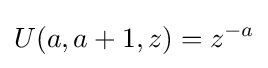
U(a,a+1,z)=z^{-a}